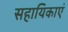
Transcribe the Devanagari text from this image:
सहायिकाएं